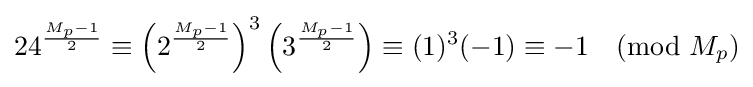
24^{\frac {M_{p}-1}{2}}\equiv \left(2^{\frac {M_{p}-1}{2}}\right)^{3}\left(3^{\frac {M_{p}-1}{2}}\right)\equiv (1)^{3}(-1)\equiv -1{\pmod {M_{p}}}